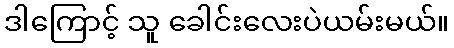
ဒါကြောင့် သူ ခေါင်းလေးပဲယမ်းမယ်။